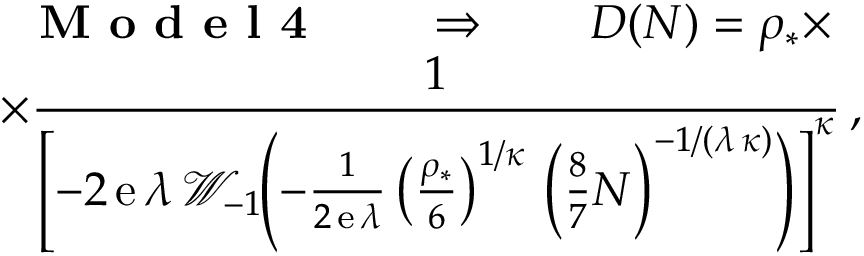
\begin{array} { r l } & { \; \, \textbf { M o d e l 4 } \qquad \Rightarrow \qquad D ( N ) = \rho _ { \ast } \times } \\ & { \times \displaystyle { \frac { 1 } { \left[ - 2 \, \mathrm { e } \, \lambda \, \mathcal { W } _ { - 1 } \! \! \: \! \left( - \frac { 1 } { 2 \, \mathrm { e } \, \lambda } \left( \frac { \rho _ { \ast } } { 6 } \right) ^ { 1 / \kappa } \, \left( \frac { 8 } { 7 } N \right) ^ { - 1 / ( \lambda \, \kappa ) } \right) \right] ^ { \kappa } } } \, , \phantom { \times } } \end{array}